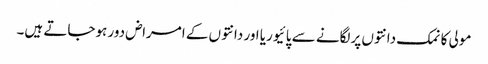
مولی کا نمک دانتوں پرلگانے سے پائیوریا اور دانتوں کے امراض دور ہوجاتے ہیں۔